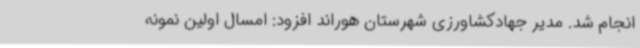
انجام شد. مدیر جهادکشاورزی شهرستان هوراند افزود: امسال اولین نمونه